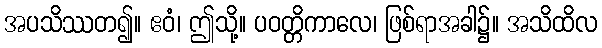
အပသိဿတ၍။ ဧဝံ၊ ဤသို့။ ပဝတ္တိကာလေ၊ ဖြစ်ရာအခါ၌။ အသိထိလ